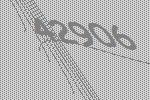
42906